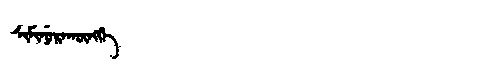
Manchu: ᠰᡳᠮᡳᠨᡠᡵᠠᡴᡡᠩᡤᡝ
Romanization: SIMINURAKŪNGGE